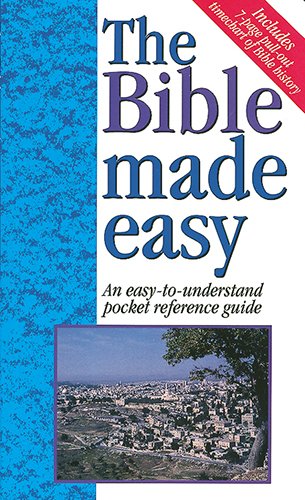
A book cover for The Bible Made Easy An Easy-To-Understand Pocket Reference Guide - 1997 publication.; Mark Water; Christian Books & Bibles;